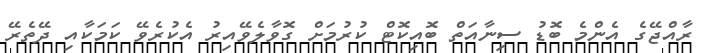
ރާއްޖޭގެ އެންމެ ބޮޑު ސިނާއަތް ބޮއިކޮޓް ކުރުމަށް ގޮވާލެވޭއިރު އެކުރެވޭ ކަމަކާއި ދޭތެރޭ